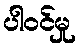
ပါဝင်မှု